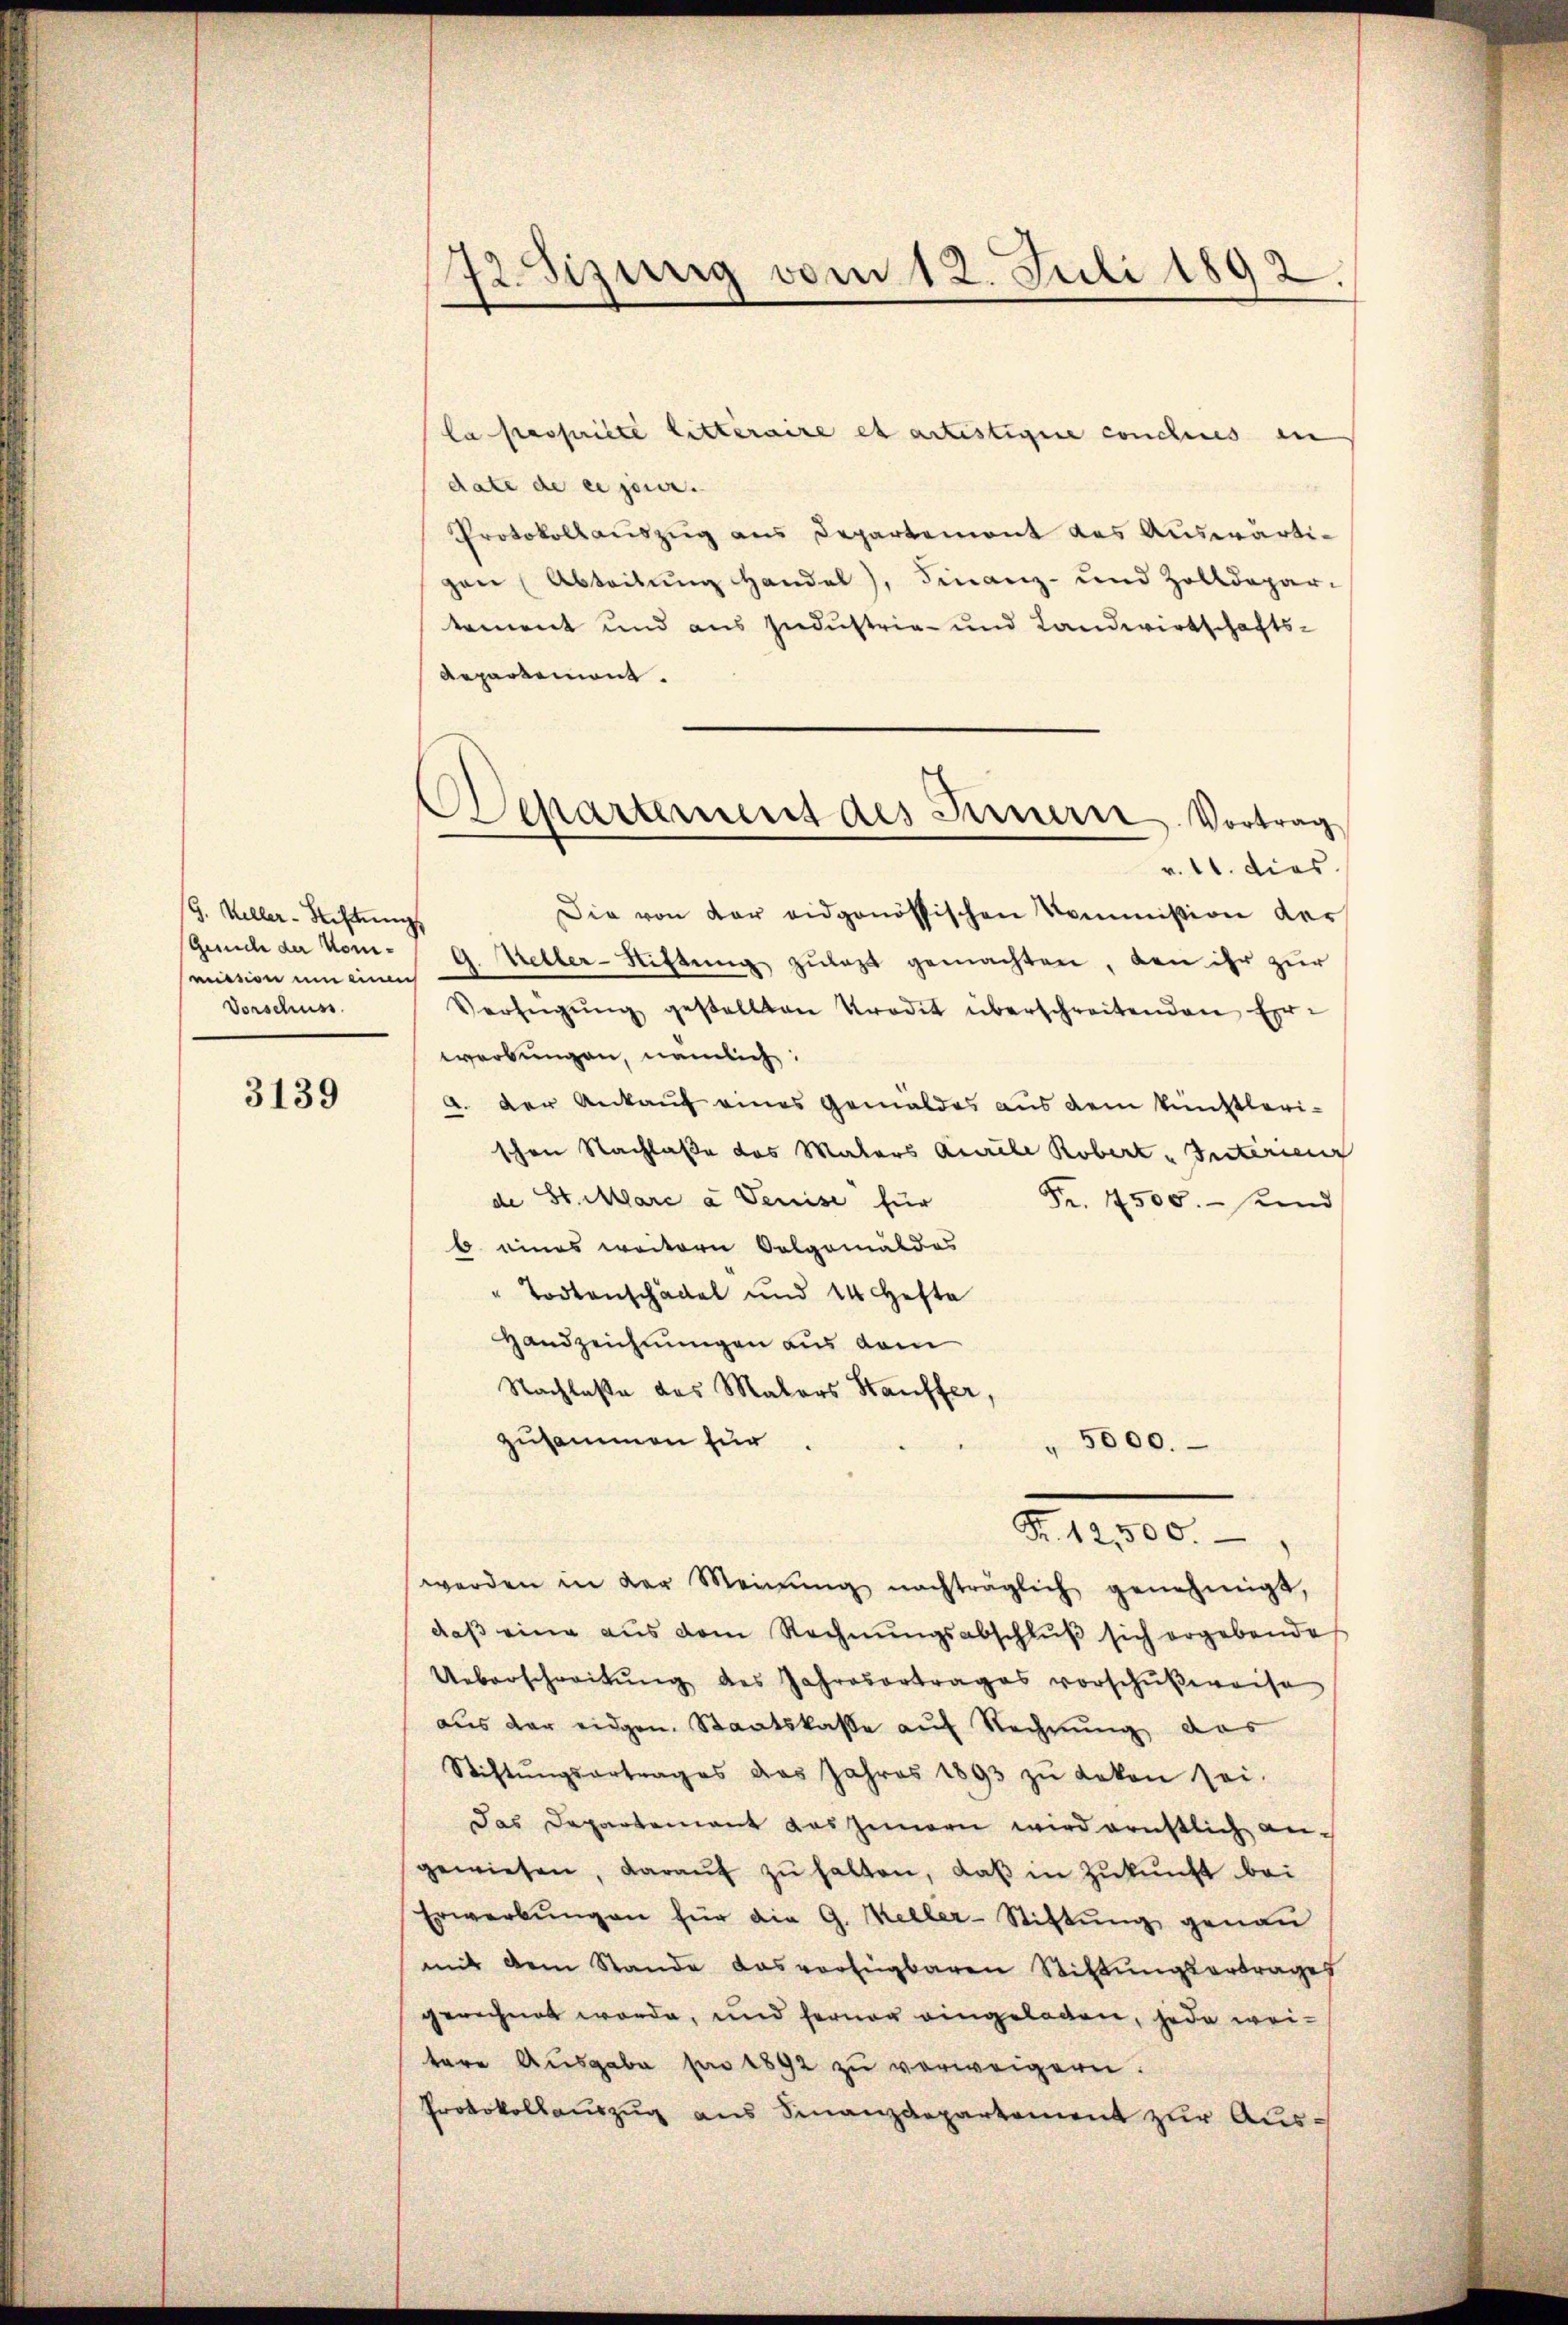
G. Keller-Rechtung
Gesuche der kom-
mission um eine
Vorschuss

3139

La Passiste Litteraire es artistigere conchises in
date de er jener.
Protokollauszug aus Departement das Auswärtigan (Abteilung Handel), Finanz- und Zolldepar-
koment und aus Industria- und Landwirtschafts-
Repartement.
r. 11. dies
Die von der eidgenössischen Kommission der
G. Weller-Stiftung zulast gemachten, den ihr zur
Verfügŭng gestellten Kredit überschreitenden Er-
werbungen, nämlich:
a. Der Ankauf eines Gemäldes aus dem künstlerischen Nachlaße das Malers Aurele Robert Interienz
de St. Clare a Teuise für
Fr. 1500.- und
b. eines weitern Salgemäldes
" Todtenschädel und 14 Hefte
Handzeichnungen aus dem
Nachlaße des Mators Stauffer,
zusammen für
" 5000.
Fr. 12,500.
werden in der Meinŭng nachträglich genehmigt,
daβ eine aus dem Rechnŭngsabschlŭβ sich ergebende
Ueberschreitŭng des Jahresertrages vorschŭβweise
aus der eidgen. Staatskasse auf Rechnung das
Stiftŭngsertrages des Jahres 1893 zŭ deken sei.
Das Departement das Innern wird ernstlich an-
gewiesen, daraŭf zŭ halten, daβ in Zŭkŭnft bei
Erwerbŭngen für die G. Keller-Stiftŭng genau
mit dem Stande das verfügbaren Stiftungsortrages
gerechnet werde, und ferner eingelegen, jede weitere Ausgabe pro 1892 zu verweigern.
Protokollauszug aus Finanzdepartement zur Aus¬

72. Sizung vom 12. Juli 1892.

Departement des Fernern. Vortrag